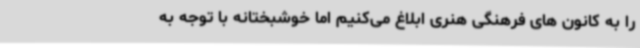
را به کانون های فرهنگی هنری ابلاغ می‌کنیم اما خوشبختانه با توجه به